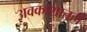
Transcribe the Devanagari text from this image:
अवकाशातही